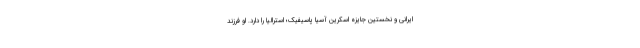
ایرانی و نخستین جایزه اسکرین آسیا پاسیفیک؛ استرالیا را دارد. او فرزند